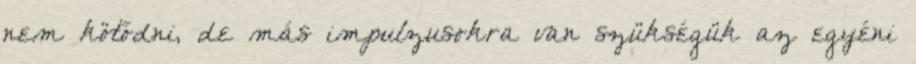
nem kötődni, de más impulzusokra van szükségük az egyéni